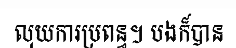
លុយការប្រពន្ធ។ បងក៏បាន